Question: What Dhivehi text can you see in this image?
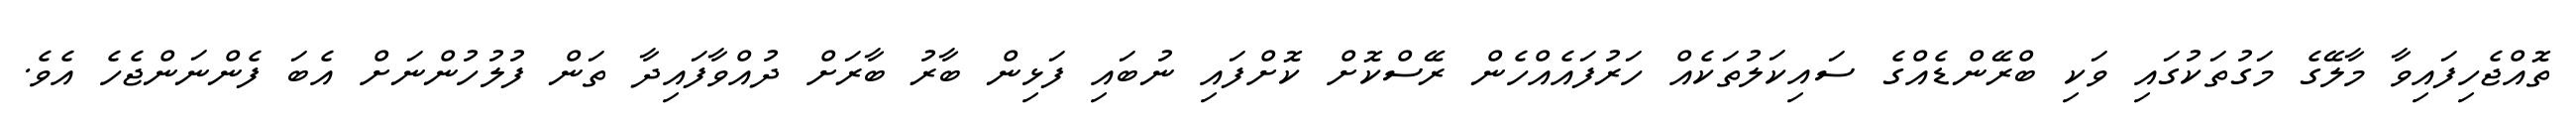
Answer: ތޮއްޖެހިފައިވާ މާލޭގެ މަގުތަކުގައި ވަކި ބްރޭންޑެއްގެ ސައިކަލުތަކެއް ހަރުފައެއްހެން ރޭސްކޮށް ކޮށްފައި ނުބައި ފަޅިން ބާރު ބާރަށް ދުއްވާފައިދާ ތަން ފުލުހުންނަށް އެބަ ފެންނަންޖެހެ އެވެ.